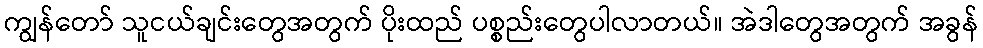
ကျွန်တော် သူငယ်ချင်းတွေအတွက် ပိုးထည် ပစ္စည်းတွေပါလာတယ်။ အဲဒါတွေအတွက် အခွန်